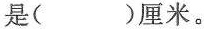
是()厘米。